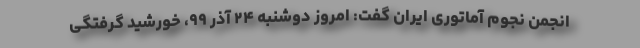
انجمن نجوم آماتوری ایران گفت: امروز دوشنبه ۲۴ آذر ۹۹، خورشید گرفتگی